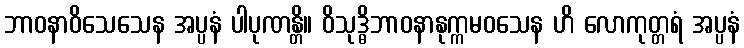
ဘာဝနာဝိသေသေန အပ္ပနံ ပါပုဏန္တိ။ ဝိသုဒ္ဓိဘာဝနာနုက္ကမဝသေန ဟိ လောကုတ္တရံ အပ္ပနံ